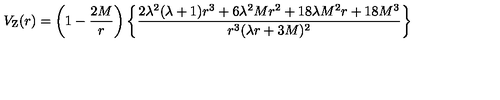
V _ { \mathrm { Z } } ( r ) = \left( 1 - { \frac { 2 M } { r } } \right) \left\{ \frac { 2 \lambda ^ { 2 } ( \lambda + 1 ) r ^ { 3 } + 6 \lambda ^ { 2 } M r ^ { 2 } + 1 8 \lambda M ^ { 2 } r + 1 8 M ^ { 3 } } { r ^ { 3 } ( \lambda r + 3 M ) ^ { 2 } } \right\}